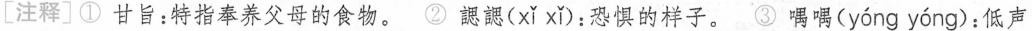
[注释] ① 甘旨：特指奉养父母的食物。② 勰勰( xi xi )；恐惧的样子。③ 喁喁( yong yong )：低声